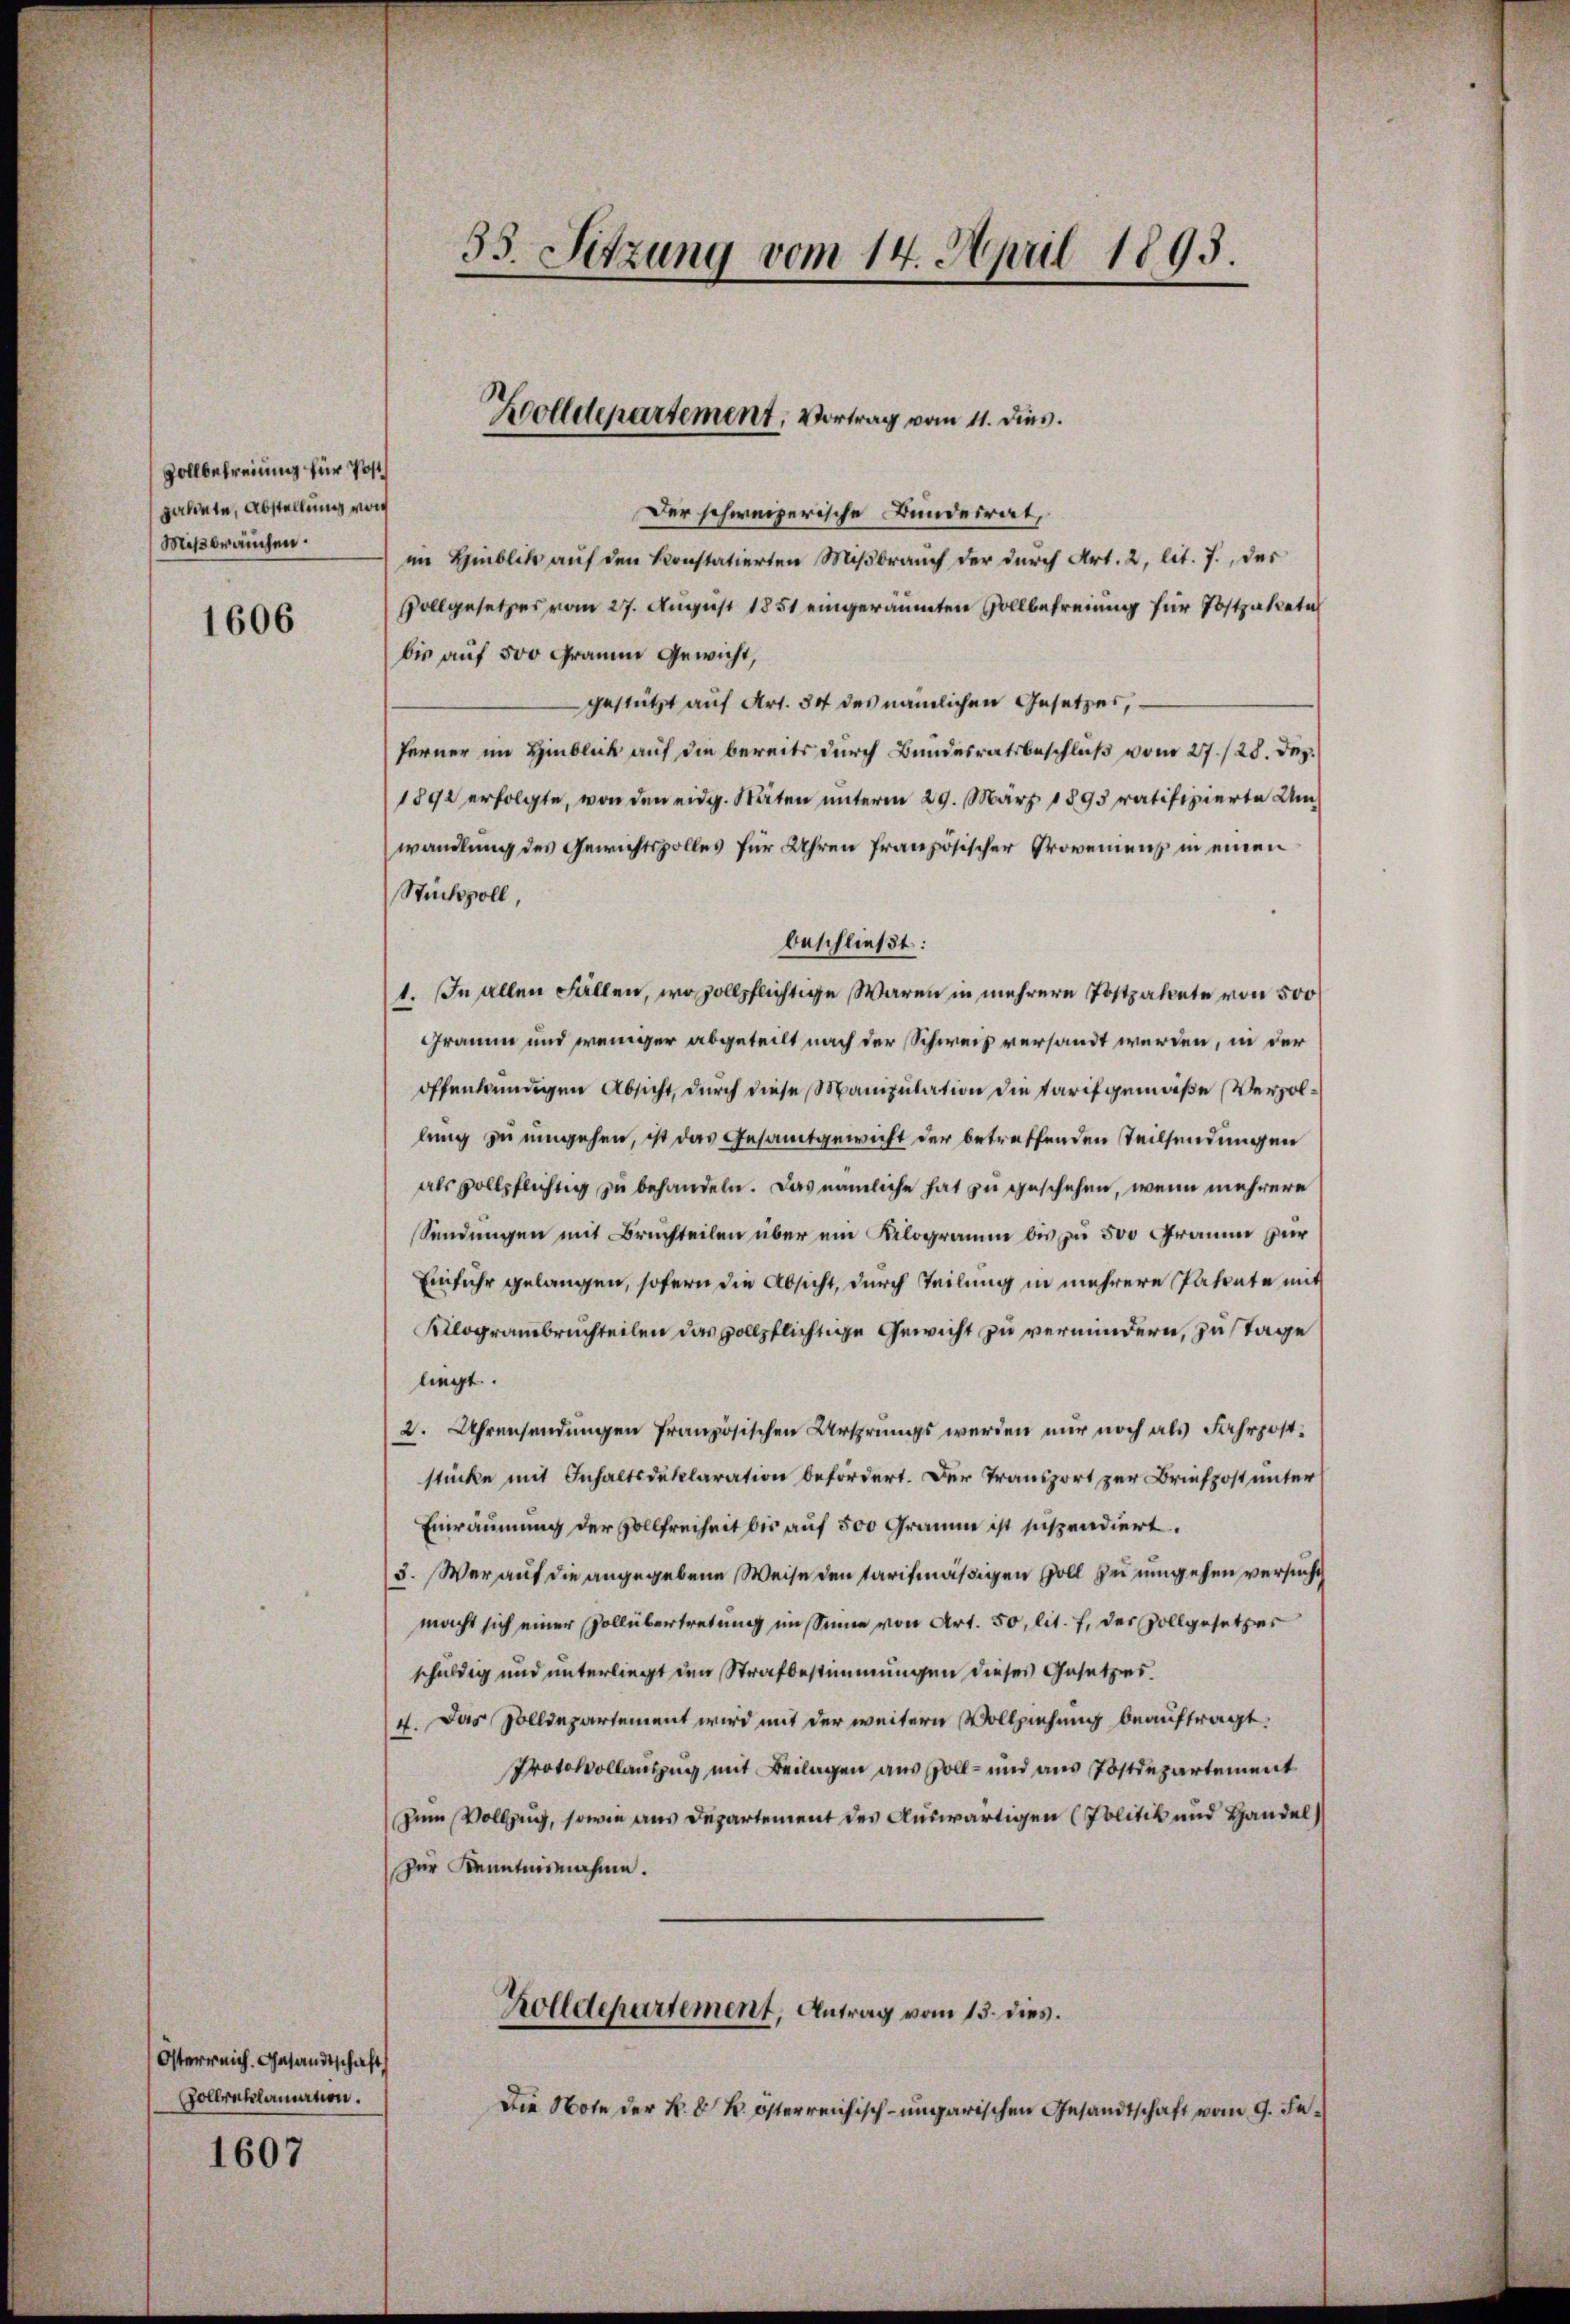
Vollbefreiung für Post
palinte, Abstellung von
Mißbrauchen.

1606

Österreich. Gesandtschaft
Gollrnklamation.

1607

Der schweizerische Bundesrat,
im Hinblick auf den konstatierten Mißbrauch der durch Art. 2, lit. J., des
Vollgesetzes vom 27. August 1851 eingeräumten Vollbefreiung für Postpaketi
bis auf 500 Graume Gewicht,
gestützt auf Art. 34 des nämlichen Gesetzes,
ferner im Hinblick auf die bereits durch Bundesratsbeschluß vom 27./28. Dez.
1892 erfolgte, von den eidg. Stäten unterm 29. März 1895 ratifizierte Umwandlung des Gewichtsvolles für Uhren französischer Proveniens in einen
Stücksvoll,
beschließt:
1. In allen Fällen, wo sollpflichtige Waren in mehrere Postpakete von 500
Gramm und weniger abgeteilt nach der Schweiz versandt werden, in der
offenkundigen Absicht, durch diese Manipulation die Tarif gemäße Verhollung zu umgehen, ist das Gesamtgewicht der betreffenden Teilsendungen
als vollpflichtig zu behandeln. Das nämliche hat zu geschehen, wenn mehrere
Sendungen mit Bruchteilen über ein Kilogramm bis zu 500 Fraum für
Einfuhr gelangen, sofern die Absicht, durch Teilung in mehrere Patente mit
Kilogrambruchteilen das vollpflichtige Gewicht zu vermindern, zustage
liegt.
2. Uhrensendungen französischen Ursprungs werden nur noch als Fahrpoststücke mit Inhaltsdeklaration befördert. Der Transport zur Briefpost unter
Einräumung der Vollfreiheit bis auf 500 Gramm ist suspendiert.
5. Wer auf die angegebene Weise den tarifmäßigen soll zu umgehen versucht
macht sich einer Vollübertretung im Sinne von Art. 50, lit. f. der Vollgesetzer
schuldig und unterliegt den Strafbestimmungen dieses Gesetzes.
4. Das Zolldepartement wird mit der weitern Vollziehung beauftragt.
Protokollauszug mit Beilagen aus soll- und aus Postdepartement
zum Vollzug, sowie aus Departement des Auswärtigen (Politik und Handel
zur Kenntnisnahme.

35. Setzung vom 14. April 1895.

Koolldepartement, Vortrag vom 11. dies.

Zolldepartement, Antrag vom 13. dies.

Die Note der k. k. k. österreichisch-ungarischen Gesandtschaft vom 9. Fe¬